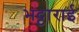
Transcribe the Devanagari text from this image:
भट्टाराई